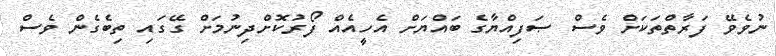
ނުވެވޭ ފަރާތްތަކަށް ވެސް ޞަފިއްޔާގެ ބައްޔަށް އެހީއެއް ފޯރުކޮށްދިނުމަށް ގޭގައި ތިބެގެން ވެސް